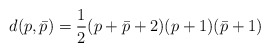
\begin{align*}d(p,\bar p)={1\over 2}(p+\bar p +2)(p+1)(\bar p+1)\end{align*}